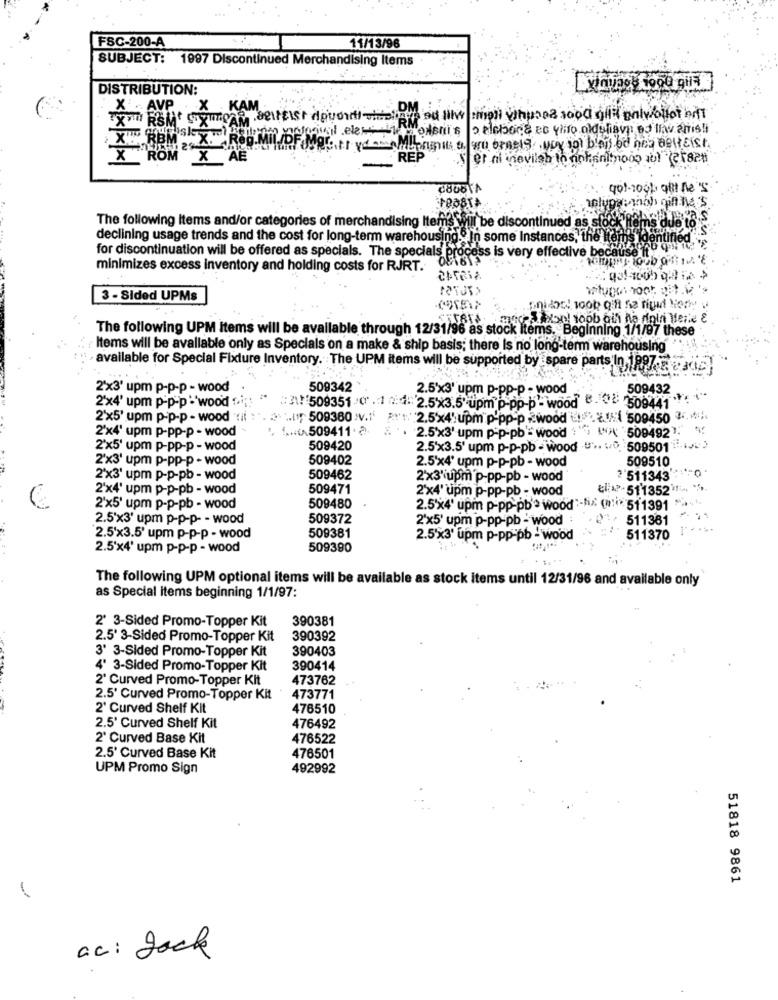
FSC-200-A
11/13/96
SUBJECT: 1997 Discontinued Merchandising Items
DISTRIBUTION:
X AVP . X KAM
XT HI
42X. Reg.Mil /DF.Mgr ..... ya
X
"ROM X AE
REP
The following Items and/or categories of merchandising Items will be discontinued as sfoc
ns due to's
declining usage trends and the cost for long-term warehousing."In some Instances, the It
dentır
for discontinuation will be offered as specials. The specials proc
of gfoss is very effective because
minimizes excess inventory and holding costs for RJRT.
3 - Sided UPMs
Simon! toob ali na dinin Mente &
The following UPM items will be available through 12/31/96 as stock items. Beginning 1/1/97 these
Items will be available only as Specials on a make & ship basis; there Is no long-term warehousing
- available for Special Fixture Inventory. The UPM items will be supported by spare parts In,1897
2x3' upm p-p-p - wood
509342
2.5'x3' upm p-pp-p - wood
509432
: 31!509351-
2'x4' upm p-p-p':'wood .. i;
.4.2.5x3.5" upm p-pp-p-wood
509441
2'x5' upm p-p-p - wood it
... 1, 509380 V.1' 2.5x4' upm p'pp-p wood
0: 509450 3 .*
2'x4' upm p-pp-p - wood
x509411 . 2.
( 509492"
2.5'x3' upm p-p-pb'= wood
2'x5' upm p-pp-p - wood
509420
2.5'x3.5' upm p-p-pb - wood ... .. 509501 )
2'x3' upm p-pp-p - wood
509402
509510
2.5'x4' upm p-p-pb - wood
2'x3' upm p-p-pb - wood
509462
2x3'iupm p-pp-pb - wood
?'511343"
2'x4' upm p-p-pb - wood
509471
2x4' upm p-pp-pb - wood
El:1. 511352'1+
2'x5' upm p-p-pb - wood
509480
2.5'x4' upm p-pp-pb'> wood :-* (# 511391 "
2.5'x3' upm p-p-p- - wood
509372
2'x5' upm p-pp-pb - wood
511361
509381
2.5x3.5' upm p-p-p - wood
2.5'x3' upm p-pp-pb - wood
511370
2.5'x4' upm p-p-p - wood
509390
The following UPM optional items will be available as stock items until 12/31/96 and available only
as Special items beginning 1/1/97:
390381
2' 3-Sided Promo-Topper Kit
2.5' 3-Sided Promo-Topper Kit
390392
3' 3-Sided Promo-Topper Kit
390403
4' 3-Sided Promo-Topper Kit
390414
2' Curved Promo-Topper Kit
473762
2.5' Curved Promo-Topper Kit
473771
2' Curved Shelf Kit
476510
2.5' Curved Shelf Kit
476492
2' Curved Base Kit
476522
2.5' Curved Base Kit
476501
UPM Promo Sign
492992
51818 9861
ac : Jack